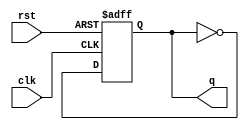
module tff(q, clk, rst);
  output reg q;
  input clk, rst;
  always @(posedge rst or posedge clk)
    begin
      if (rst)
        begin
          q <= 1'b0;
        end
      else
        begin
          q <= ~q;
        end
    end
endmodule
// now for 4-bit ripple carry counter
module ripple(q, clk, rst);
  output [3:0] q;
  input clk, rst;
  tff tff0(q[0], clk, rst);
  tff tff1(q[1], q[0], rst);
  tff tff2(q[2], q[1], rst);
  tff tff3(q[3], q[2], rst);
endmodule